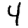
Digit: 4